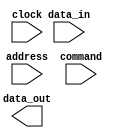
module DDR_SDRAM (
  input wire [7:0] data_in,
  output wire [7:0] data_out,
  input wire [11:0] address,
  input wire [2:0] command,
  input wire clock
);

// Command decoding logic
reg [1:0] state;
parameter IDLE = 2'b00, READ = 2'b01, WRITE = 2'b10;
always @ (posedge clock) begin
  case(state)
    IDLE: begin
      if (command == 3'b001) begin // READ command
        state <= READ;
      end else if (command == 3'b010) begin // WRITE command
        state <= WRITE;
      end
    end
    READ: begin
      // Data retrieval logic
      state <= IDLE;
    end
    WRITE: begin
      // Data storage logic
      state <= IDLE;
    end
  endcase
end

// Timing constraints
reg [7:0] memory [0:4095];
// Error checking and correction logic
// Refresh logic
// Power saving modes logic

endmodule